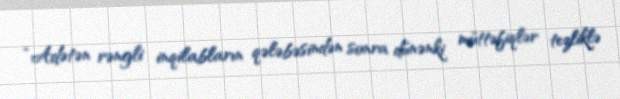
“Adətən rəngli inqilabların qələbəsindən sonra dünənki müttəfiqlər tezliklə